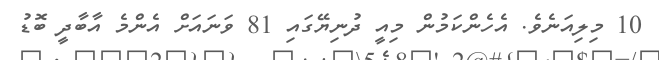
10 މިލިއަނެވެ. އެހެންކަމުން މިއީ ދުނިޔޭގައި 81 ވަނައަށް އެންމެ އާބާދީ ބޮޑު